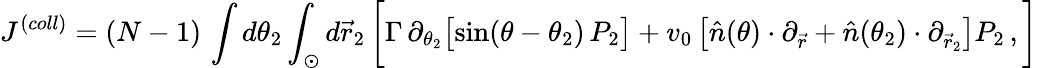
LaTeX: J^{(coll)}=(N-1)\, \int d\theta_{2}\int_{\odot}d\vec{r}_{2}\, \bigg[\Gamma\, \partial_{\theta_{2}}\big[\mathrm{sin}(\theta-\theta_{2})\, P_{2}\big]+v_{0}\left[\hat{n}(\theta)\cdot\partial_{\vec{r}}+\hat{n}(\theta_{2})\cdot\partial_{\vec{r}_{2}}\right]P_{2}\, ,\bigg]